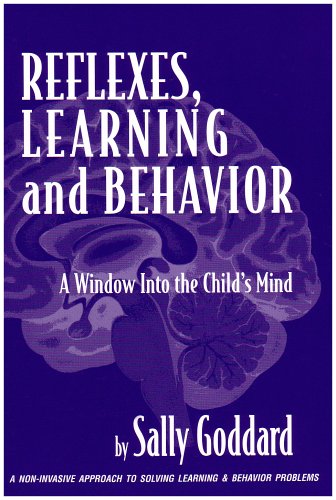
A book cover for Reflexes, Learning And Behavior: A Window into the Child's Mind : A Non-Invasive Approach to Solving Learning & Behavior Problems; Sally Goddard; Parenting & Relationships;